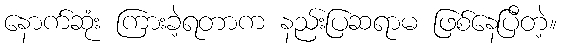
နောက်ဆုံး ကြားခဲ့ရတာက နည်းပြဆရာမ ဖြစ်နေပြီတဲ့။